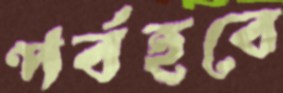
পর্বহবে